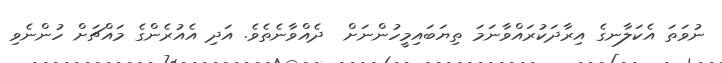
ނުވަތަ އެކަލާނގެ އިރާދަކުރައްވާނަމަ ތިޔަބައިމީހުންނަށް  ދެއްވާނެތެވެ. އަދި އެއުރެންގެ މައްޗަށް ހުންނެވި